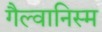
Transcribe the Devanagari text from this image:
गैल्वानिस्म